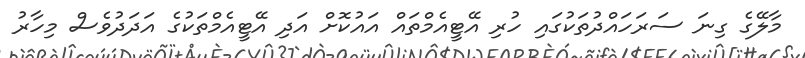
މާލޭގެ ގިނަ ސަރަހައްދުތަކުގައި ހުރި އޭޓީއެމްތައް އައުކޮށް އަދި އޭޓީއެމްތަކުގެ އަދަދުވެސް މިހާރު